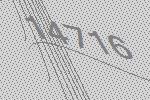
14716